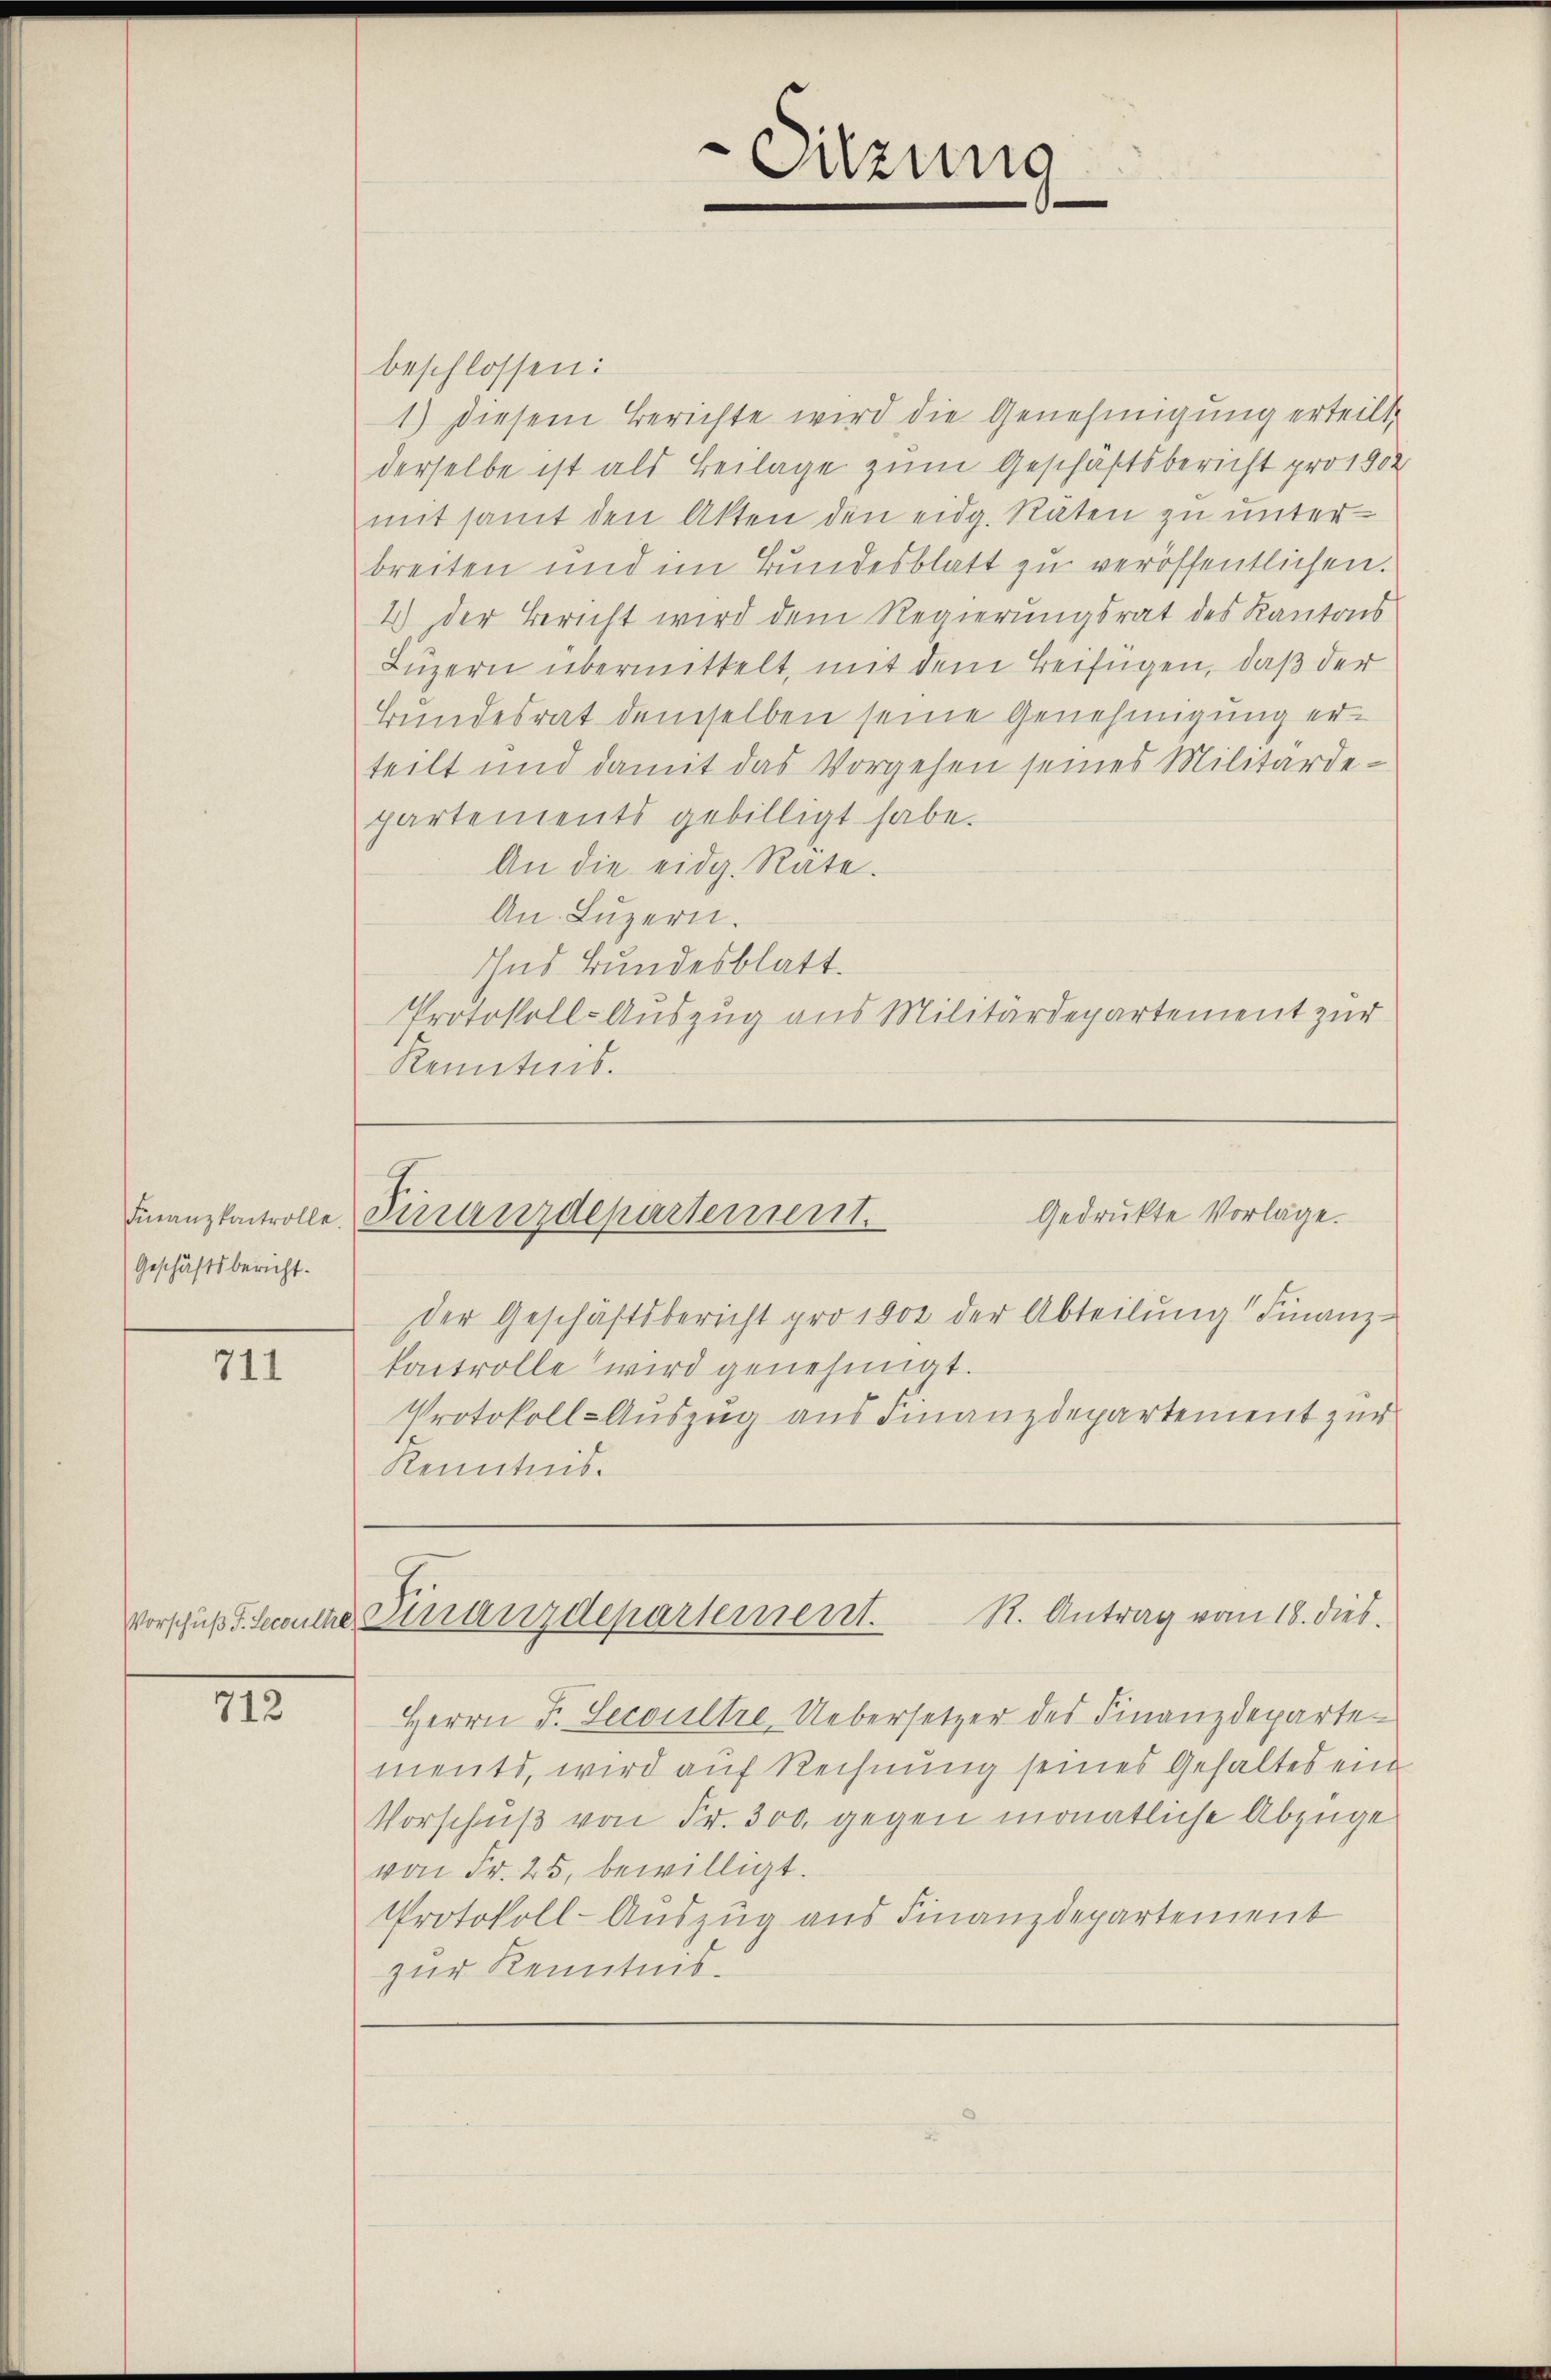
Geschäftsbericht.

711

beschlossen:
1.) Diesem Berichte wird die Genehmigung erteilt.
derselbe ist als Beilage zum Geschäftsbericht pro 1902
mit samt den Akten den eidg. Raten zu unter-
breiten und im Bundesblatt zu veröffentlichen.
2.) Der Bericht wird dem Regierungsrat des Kantons
Luzern übermittelt, mit dem Beifügen, daß der
Bundesrat demselben seine Genehmigung erteilt und damit das Vorgehen seines Militärdepartements gebilligt habe.
An die eidg. Rate.
An. Luzern.
Ins Bundesblatt.
Protokoll-Auszug aus Militärdepartement zur
Kenntnis.

712

Sitzung

Gedruckte Vorlage.
Finanzkontrolle Finanzdepartement.

der Geschäftsbericht pro 1900 der Abteilung Finanzkactrolle wird genehmigt.
Protokoll-Auszug aus Finanzdepartement zur
Kenntnis.

R. Antrag vom 18. dies
Vorschuß F. Heute Finanzdepartement.

Herrn F. Decoultre. Uebersetzer des Finanzdepartements, wird auf Rechnung seines Gehaltes ein
Vorschuß von Fr. 300 gegen monatliche Abzüge
von Fr. 25, bewilligt.
Protokoll-Auszug aus Finanzdepartement
zur Kenntnis